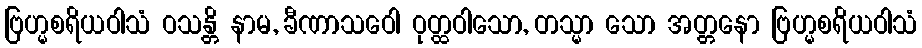
ဗြဟ္မစရိယဝါသံ ဝသန္တိ နာမ, ခီဏာသဝေါ ဝုတ္ထဝါသော, တသ္မာ သော အတ္တနော ဗြဟ္မစရိယဝါသံ